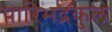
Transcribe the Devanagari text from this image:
पारिभद्रकुल